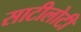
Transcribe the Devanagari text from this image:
साटीलोटी